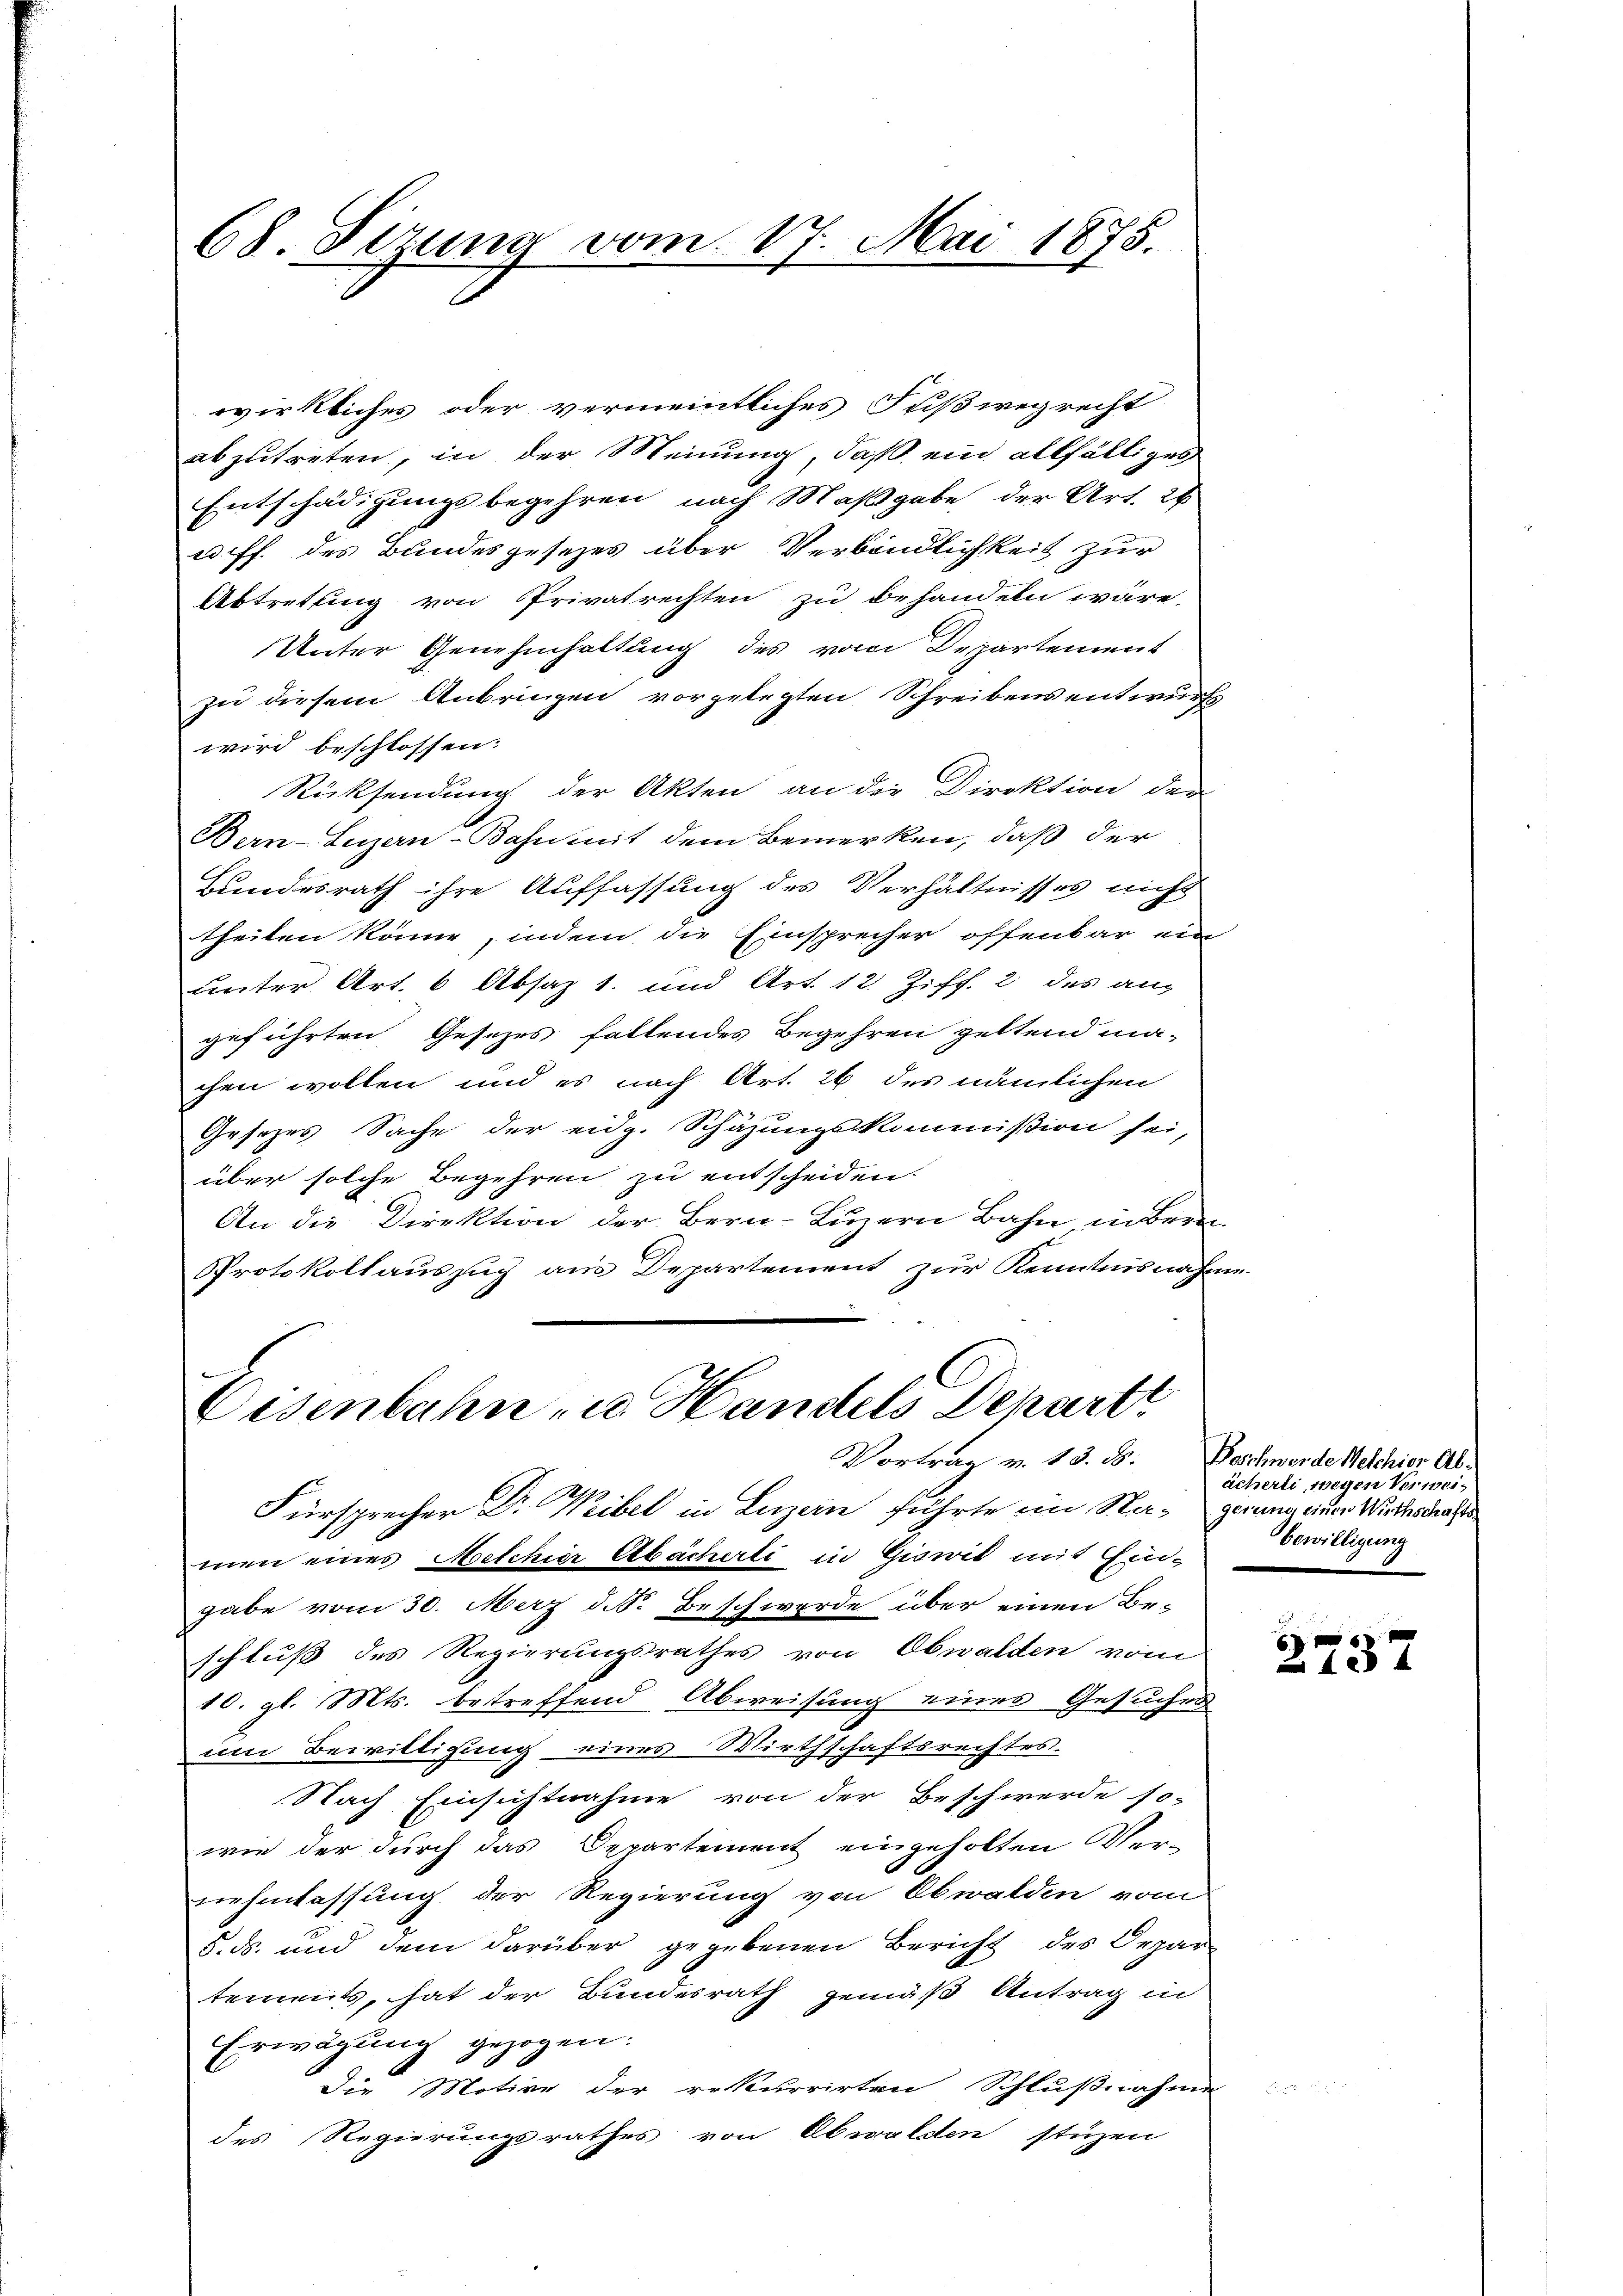
68 Sizung vom 17. Mai 1875.

wirkliches oder vermeintliches Fußwegrecht
abzutreten, in der Meinung, daß ein allfälliges
Entschädigungsbegehren nach Maßgabe der Art. 26
u. ff. des Bundesgesezes über Verbindlichkeit zur
Abtretung von Privatrechten zu behandeln wäre.
Unter Genehmhaltung des vom Departement
zu diesem Anbringen vorgelegten Schreibens entwurfs
wird beschlossen:
Rücksendung der Akten an die Direktion der
Bern-Luzern-Bahnmit dem Bemerken, daß der
Bundesrath ihre Auffassung des Verhältnisses nicht
theilen könne, indem die Einsprecher offenbar ein
unter Art. 6 Absaz 1. und Art. 12. Ziff. 2 des an-
geführten Gesezes fallendes Begehren geltend ma-
chen wollen und es nach Art. 26 des nämlichen
Gesezes Sache der eidg. Schäzungskommission sei,
über solche Begehren zu entscheiden.
An die Direktion der Bern-Luzern Bahn, in Bern
Protokollauszug aus Departement zur Kenntnisnahme

Eisenbahn u. Handels Depart
Vortrag v. 13. d. Beschwerde Welchior Ab¬
Fürsprecher Dr. Weibel in Luzern führte im Na- genug einer Wiederdrass

men eines Meetchier Abächerli in Giswil mit Ein-
gabe vom 30. März d. S. Beschwerde über einen Be-
schluß des Regierungsrathes von Obwalden vom
10. gl. Mts. betreffend Abweisung eines Gesuches
um Bewittigung eines Wirthschaftsrechtes.
Nach Einsichtnahme von der Beschwerde so-
wie der durch das Departement eingeholten Ver-
nehmlassung der Regierung von Obwalden vom
5. ds. und dem darüber gegebenen Bericht des Orpar-
tements, hat der Bundesrath gemäß Antrag in
Erwägung gezogen:
die Motive der rekurrirten Schlußnahme
des Regierungsrathes von Obwalden stüzen

ächerli, wegen Verweibewilligung

6
137